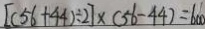
[ ( 5 6 + 4 4 ) \div 2 ] \times ( 5 6 - 4 4 ) = 6 0 0